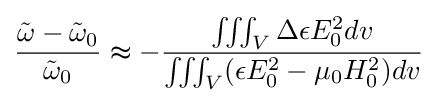
{\frac {{\tilde {\omega }}-{\tilde {\omega }}_{0}}{{\tilde {\omega }}_{0}}}\thickapprox -{\frac {\iiint _{V}\Delta \epsilon E_{0}^{2}dv}{\iiint _{V}(\epsilon E_{0}^{2}-\mu _{0}H_{0}^{2})dv}}